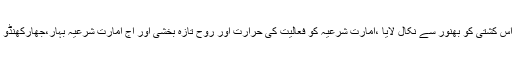
آخر وہ مرد درویش جسے اللہ نے نگہ بلند ,سخن دل نواز ,جاں پر سوز کی دولت سے نوازا تھا ،اس کشتی کو بھنور سے نکال لایا ،امارت شرعیہ کو فعالیت کی حرارت اور روح تازہ بخشی اور آج امارت شرعیہ بہار،جھارکھنڈو اڑیسہ ہی نہیں پورے ملک میں بلکہ عالم اسلام میں اپنی امتیازی شناخت کے ساتھ متعارف ہے ۔